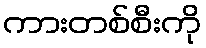
ကားတစ်စီးကို